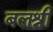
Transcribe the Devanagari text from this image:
बलश्री